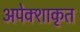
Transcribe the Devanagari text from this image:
अपेक्शाकृत